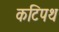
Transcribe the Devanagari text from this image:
कटिपथ